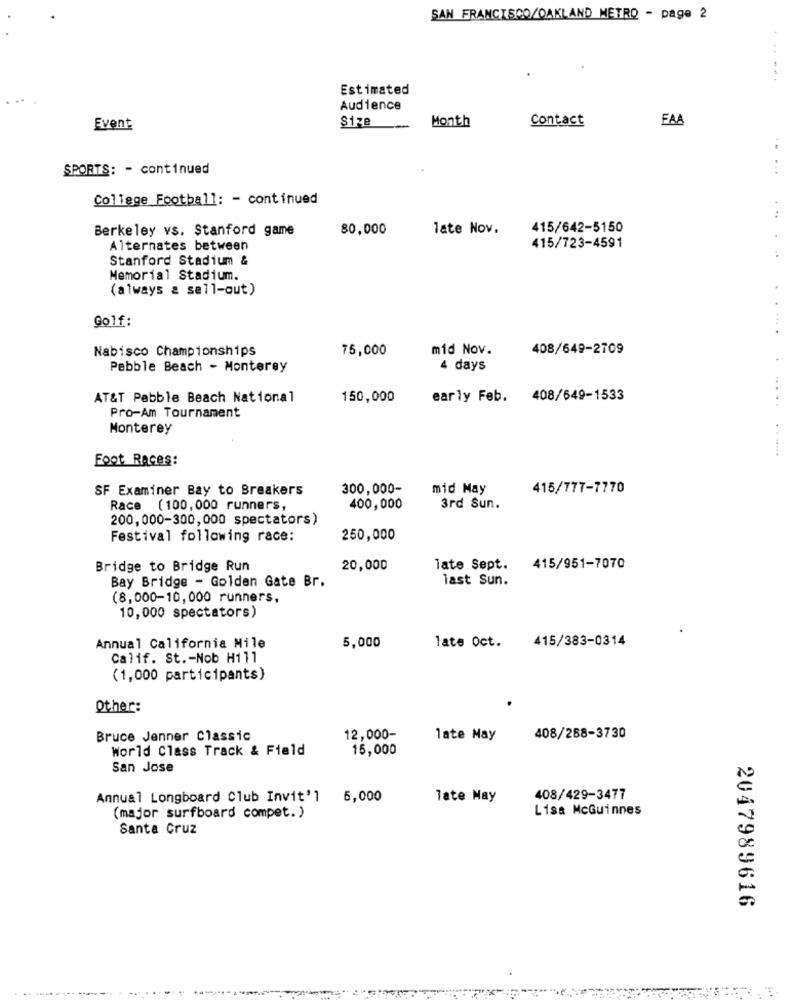
SAN FRANCISCO/OAKLAND METRO - page 2
......
Estimated
Audience
Size
Month
Contact
FAA
Event
SPORTS: - continued
College Football: - continued
..
Berkeley vs. Stanford game
80,000
late Nov.
415/642-5150
Alternates between
415/723-4591
Stanford Stadium &
Memorial Stadium.
(always & sell-out)
Golf:
Nabisco Championships
75,000
mid Nov.
408/649-2709
Pebble Beach - Monterey
4 days
AT&T Pebble Beach National
150,000
early Feb. 408/649-1533
.....
Pro-Am Tournament
Monterey
......... .
Foot Races:
SF Examiner Bay to Breakers
300,000-
mid May
415/777-7770
Race (100,000 runners,
400,000
3rd Sun.
200,000-300,000 spectators)
Festival following race:
250,000
Bridge to Bridge Run
20,000
late Sept. 415/951-7070
Bay Bridge - Golden Gate Br.
last Sun.
(8,000-10,000 runners,
10,000 spectators)
5,000
415/383-0314
Annual California Mile
late Oct.
Calif. St .- Nob Hill
(1,000 participants)
Other:
Bruce Jenner Classic
12,000-
late May
408/268-3730
World Class Track & Field
15,000
San Jose
Annual Longboard Club Invit'l 6,000
late May
408/429-3477
Lisa McGuinnes
(major surfboard compet. )
Santa Cruz
2047989616